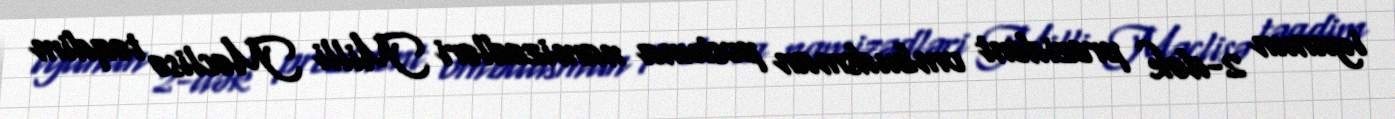
iyunun 2-dək prezident ombudsman postuna namizədləri Milli Məclisə təqdim